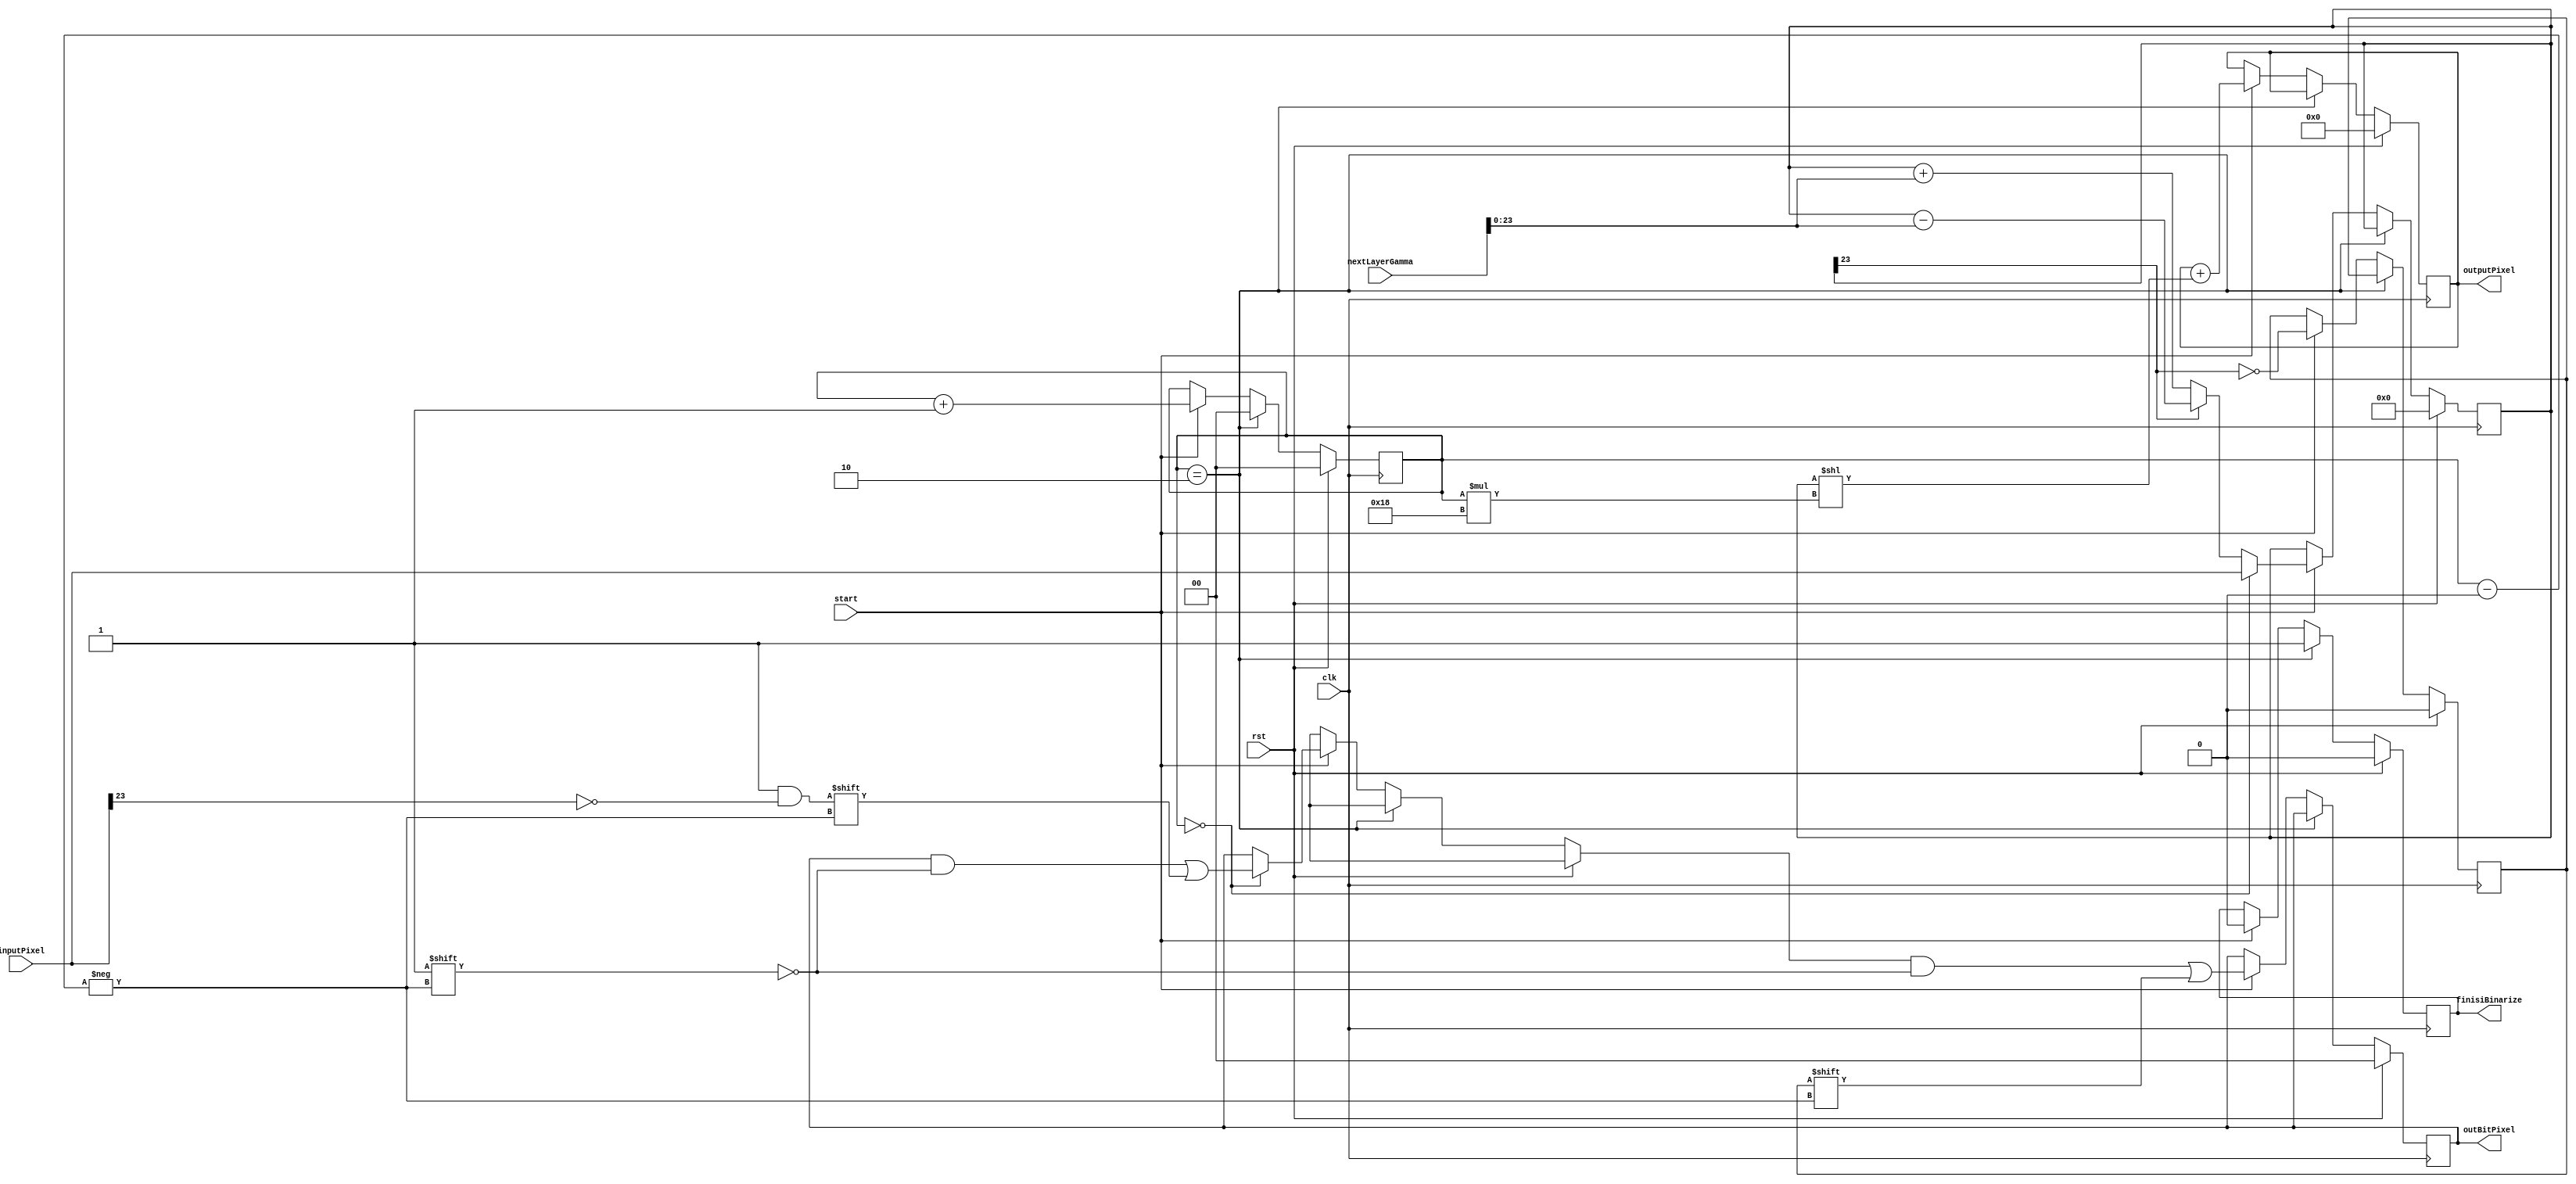

module After_Popcount
//Parameters
#(parameter
Twidth = 24,
binary_output_levels = 2,
fixed_point = 8
)
//Arguments 
(
  input clk,
  input rst,
  input start,
  input signed [Twidth-1:0] inputPixel, 
  input signed [(Twidth*binary_output_levels)-1:0] nextLayerGamma, 
  output signed [(Twidth*binary_output_levels)-1:0] outputPixel,
  output [binary_output_levels-1:0] outBitPixel, 
  output finisiBinarize
); 

reg signed [(Twidth*binary_output_levels)-1:0] outputFixedPoint;
reg signed [Twidth-1:0] levelOutput;
reg [binary_output_levels-1:0] counter, bitOutput;
reg finish,levelBit;

always @(posedge clk) 
    begin 
      if (rst) 
		    begin
			    counter <= 0;
				levelOutput <= 0; 
			    finish <= 0;
				outputFixedPoint <= 0;
				bitOutput <= 0;
				levelBit <= 0;
		    end
      else 
	  
		    begin
			    if(counter == binary_output_levels)
				    begin
					    counter <= 0;
					    finish <= 1;
				    end
          else
				    begin
					    if(start)
						    begin
							    counter <= counter + 1;
							    if(counter == 0)
								    begin
									    levelOutput <= inputPixel;
									    bitOutput[counter] <= ~(inputPixel[Twidth-1]); 
								    end
							    else
								    begin
									    if(levelOutput[Twidth-1]) 
										    begin
								          levelOutput <= levelOutput-nextLayerGamma;
										    end
									    else 
										    begin
											    levelOutput <= levelOutput+nextLayerGamma;
										    end
						        end

						        levelBit <= ~(levelOutput[Twidth-1]); 
						        outputFixedPoint <= outputFixedPoint + (levelOutput << (counter*Twidth));
						        bitOutput[counter] <= levelBit;
						        finish <=0; 
					   end
				end			
		end
		//finisiBinarize <= finish;
		//outBitPixel <= bitOutput;
		//outputPixel <= outputFixedPoint;
	end

	assign finisiBinarize = finish; 
    assign outBitPixel = bitOutput;
	assign outputPixel = outputFixedPoint;
      

endmodule